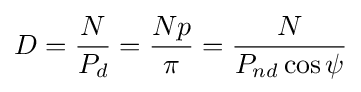
D={\frac {N}{P_{d}}}={\frac {Np}{\pi }}={\frac {N}{P_{nd}\cos \psi }}